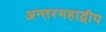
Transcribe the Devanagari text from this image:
अन्तरमहाद्वीप